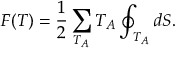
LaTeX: F ( T ) = \frac 1 2 \sum _ { T _ { A } } T _ { A } \oint _ { T _ { A } } d S .